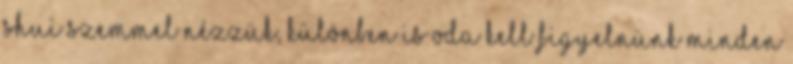
shui szemmel nézzük, különben is oda kell figyelnünk minden